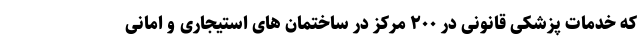
که خدمات پزشکی قانونی در ۲۰۰ مرکز در ساختمان های استیجاری و امانی